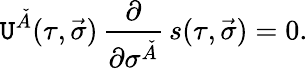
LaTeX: \mathtt{U}^{\check{{A}}}(\tau,\vec{{\sigma}})\, \frac{{\partial}}{{\partial\sigma^{\check{{A}}}}}\, s(\tau,\vec{{\sigma}})=0.